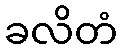
ခလိတံ